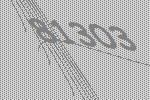
81303